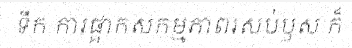
ទឹក ការផ្អាកសកម្មភាពរសប់ឫស ក៏